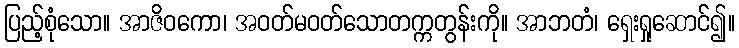
ပြည့်စုံသော။ အာဇိဝကော၊ အဝတ်မဝတ်သောတက္ကတွန်းကို။ အာဘတံ၊ ရှေးရှုဆောင်၍။